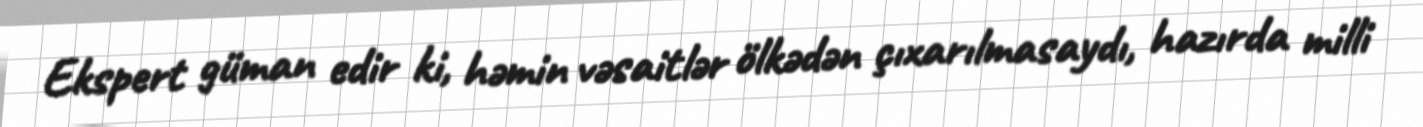
Ekspert güman edir ki, həmin vəsaitlər ölkədən çıxarılmasaydı, hazırda milli